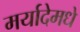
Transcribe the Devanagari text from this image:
मर्यादेमधे